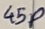
Text: 45P